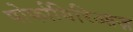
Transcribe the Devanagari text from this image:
पोर्फायिरिआज़